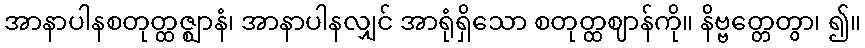
အာနာပါနစတုတ္ထဇ္ဈာနံ၊ အာနာပါနလျှင် အာရုံရှိသော စတုတ္ထဈာန်ကို။ နိဗ္ဗတ္တေတွာ၊ ၍။